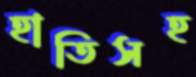
হাতিসহ